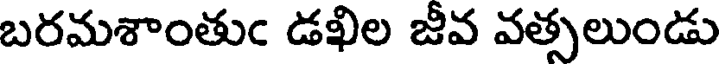
బరమశాంతుం డఖిల జీవ వత్సలుండు